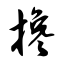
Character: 搀